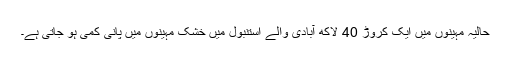
حالیہ مہینوں میں ایک کروڑ 40 لاکھ آبادی والے استنبول میں خشک مہینوں میں پانی کمی ہو جاتی ہے۔